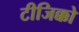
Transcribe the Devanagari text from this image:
टीजिक्को